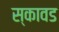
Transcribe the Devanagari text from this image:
स्कावड